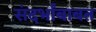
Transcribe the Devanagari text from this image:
संदर्भांबाबत